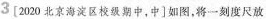
3[2020北京海淀区校级期中，中]如图，将一刻度尺放